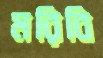
মরিবি